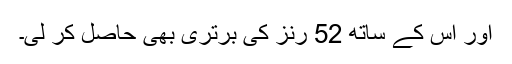
اور اس کے ساتھ 52 رنز کی برتری بھی حاصل کر لی۔